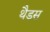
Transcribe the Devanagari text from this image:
थैडस